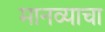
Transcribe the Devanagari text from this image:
मानव्याचा